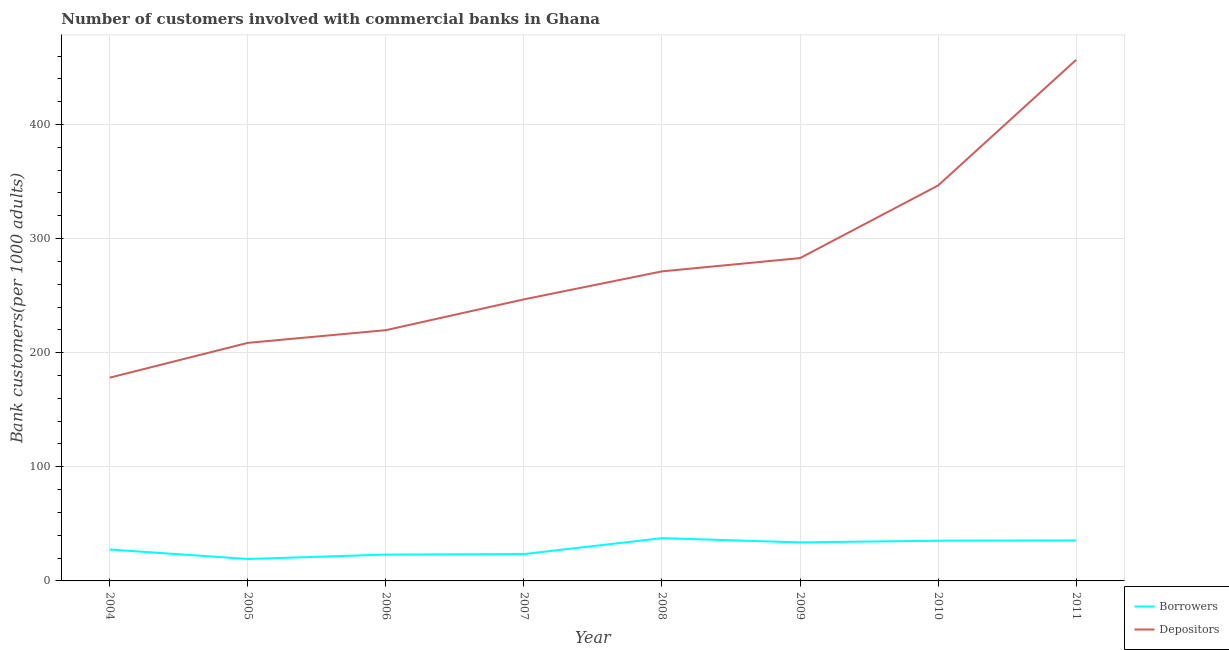
| Year | Borrowers | Depositors |
 | --- | --- | --- |
 | 2004 | 27.5 | 178 |
 | 2005 | 19.2 | 209 |
 | 2006 | 23.1 | 220 |
 | 2007 | 23.5 | 247 |
 | 2008 | 37.5 | 271 |
 | 2009 | 33.8 | 283 |
 | 2010 | 35.3 | 347 |
 | 2011 | 35.5 | 457 |